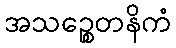
အသဉ္စေတနိကံ